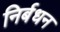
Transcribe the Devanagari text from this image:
निर्बधन